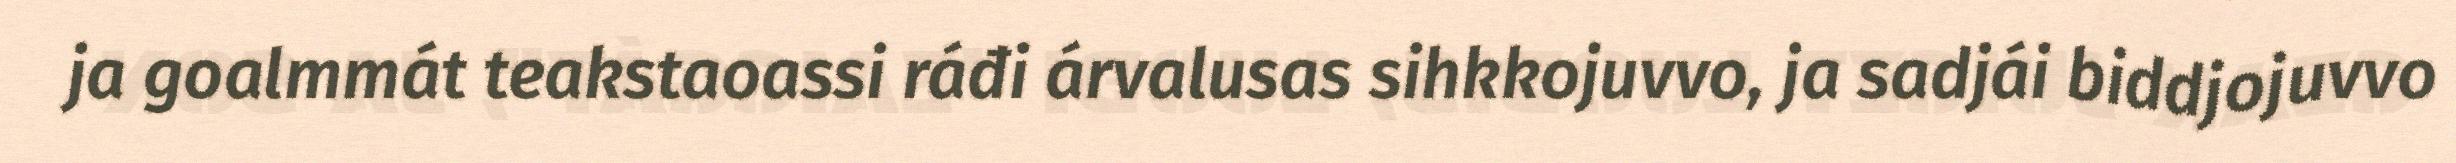
ja goalmmát teakstaoassi ráđi árvalusas sihkkojuvvo, ja sadjái biddjojuvvo